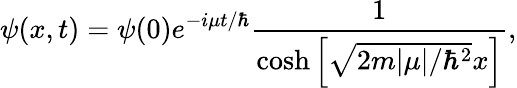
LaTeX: \psi(x,t)=\psi(0)e^{-i\mu t/\hbar}{\frac{1}{\cosh\left[{\sqrt{2m\vert\mu\vert/\hbar^{2}}}x\right]}},